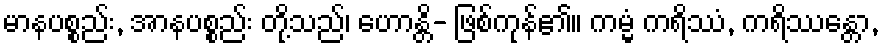
မာနပစ္စည်း, အာနပစ္စည်း တို့သည်၊ ဟောန္တိ- ဖြစ်ကုန်၏။ ကမ္မံ ကရိဿံ, ကရိဿန္တော,